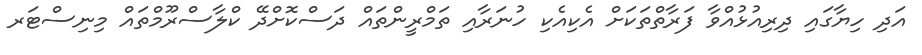
އަދި ހިޔާގައި ދިރިއުޅުއްވާ ފަރާތްތަކަށް އެކިއެކި ހުނަރާއި ތަމްރީންތައް ދަސްކޮށްދޭ ކްލާސްރޫމްތައް މިނިސްޓަރ